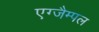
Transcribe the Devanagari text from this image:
एग्जैम्पल